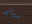
متأكد